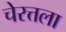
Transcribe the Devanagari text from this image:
चेरत्तला